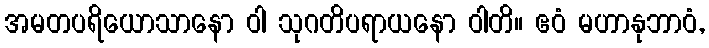
အမတပရိယောသာနော ဝါ သုဂတိပရာယနော ဝါတိ။ ဧဝံ မဟာနုဘာဝံ,